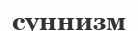
суннизм